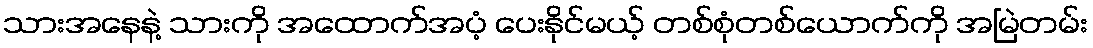
သားအနေနဲ့ သားကို အထောက်အပံ့ ပေးနိုင်မယ့် တစ်စုံတစ်ယောက်ကို အမြဲတမ်း